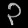
Digit: ၃